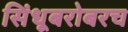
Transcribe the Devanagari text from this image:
सिंधूबरोबरच